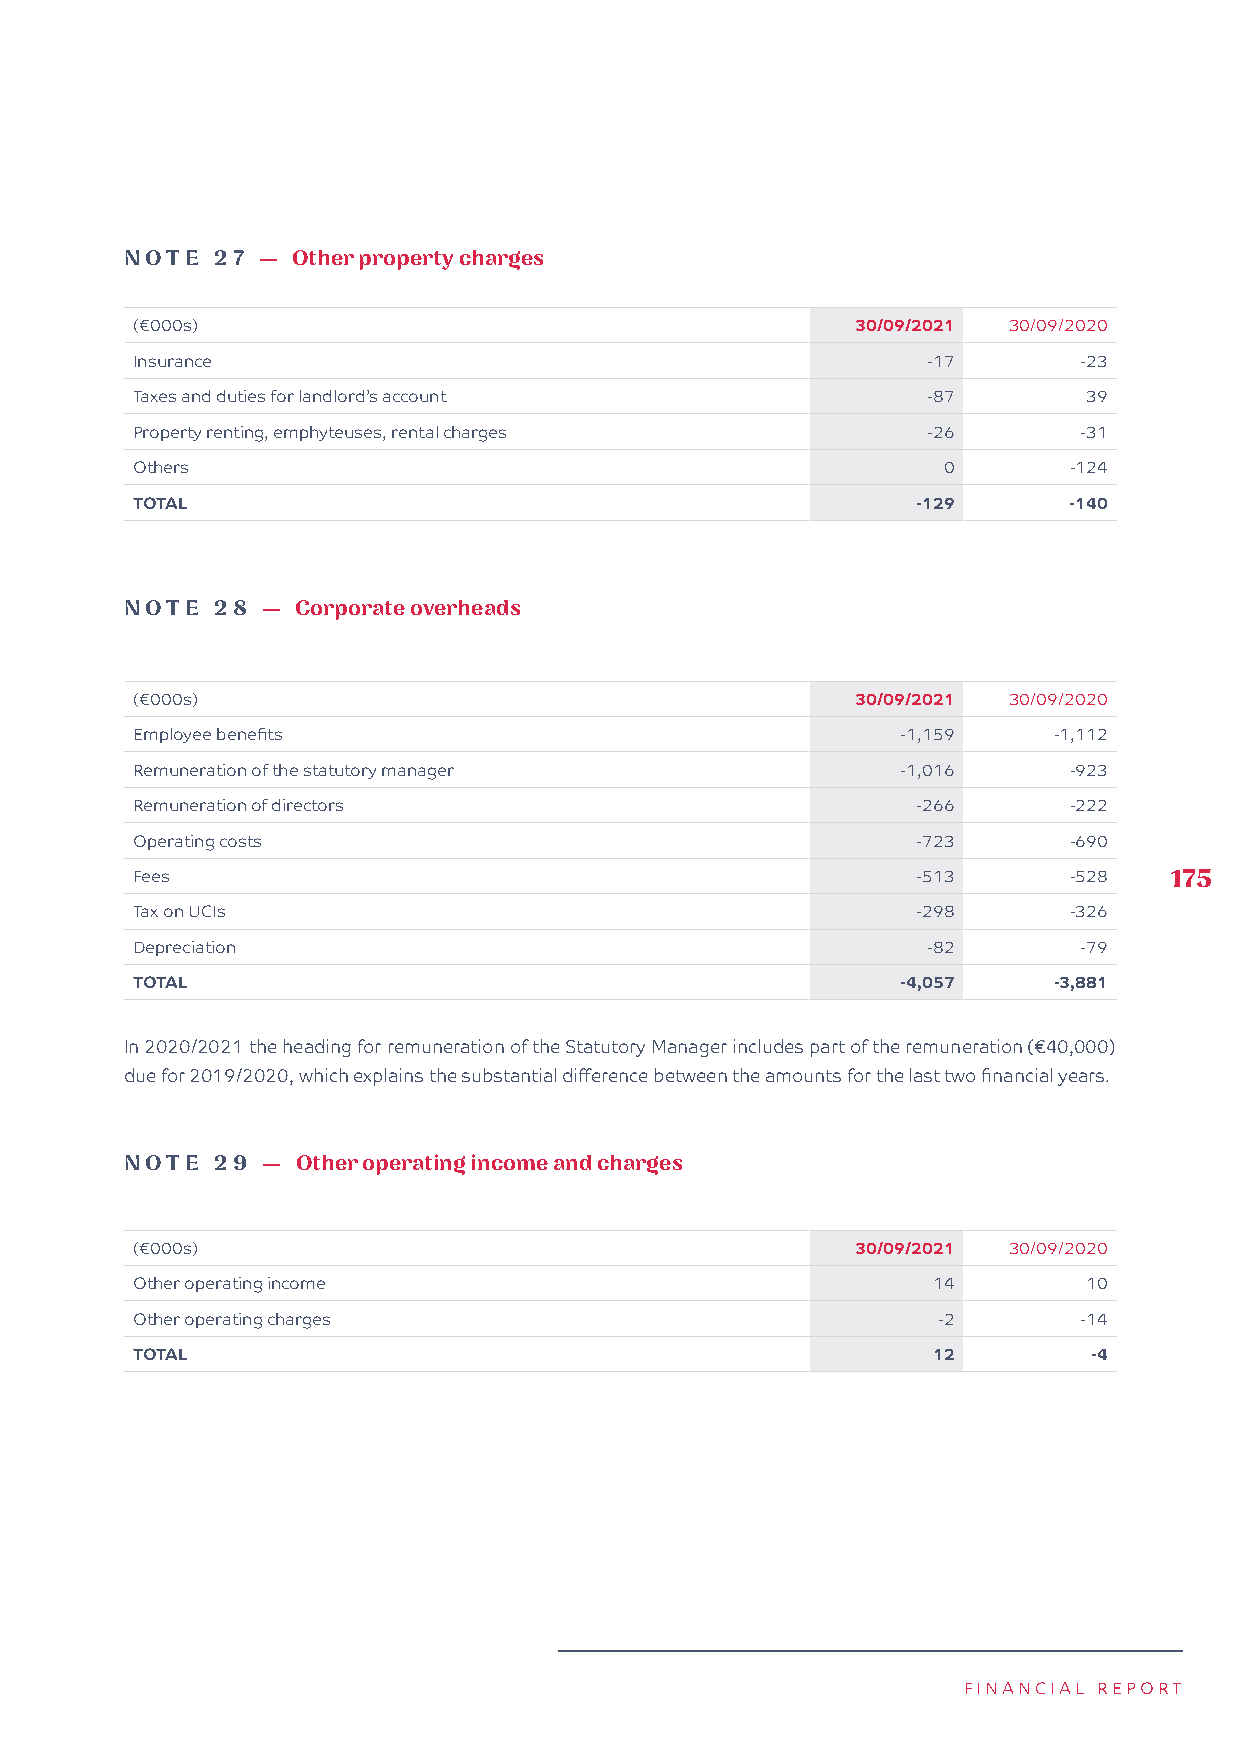
NOTE  27 — O ther property charges
 (€000s)                                         30/09/2021 30/09/2020
 Insurance                                           -17       -23
 Taxes and duties for landlord’s account             -87        39
 Property renting, emphyteuses, rental charges       -26       -31
 Others                                               0        -124
 TOTAL                                               -129      -140
 NOTE  28 —  C orporate overheads
 (€000s)                                         30/09/2021 30/09/2020
 Employee benefits                                  -1,159    -1,112
 Remuneration of the statutory manager              -1,016     -923
 Remuneration of directors                           -266      -222
 Operating costs                                     -723      -690
 Fees                                                -513      -528  175
 Tax on UCIs                                         -298      -326
 Depreciation                                        -82       -79
 TOTAL                                              -4,057    -3,881
 In 2020/2021 the heading for remuneration of the Statutory Manager includes part of the remuneration (€40,000)
 due for 2019/2020, which explains the substantial difference between the amounts for the last two financial years.
 NOTE  29 —  O ther operating income and charges
 (€000s)                                         30/09/2021 30/09/2020
 Other operating income                               14        10
 Other operating charges                              -2       -14
 TOTAL                                                12        -4
 FINANCIAL REPORT